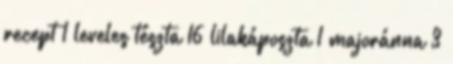
recept 1 leveles tészta 16 lilakáposzta 1 majoránna 3